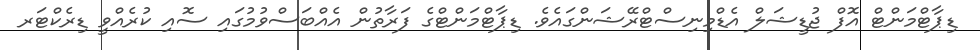
ޑިޕާޓްމަންޓް އޮފް ޖުޑީޝަލް އެޑްމިނިސްޓްރޭޝަންގައެވެ. ޑިޕާޓްމަންޓްގެ ފަރާތުން އެއްބަސްވުމުގައި ސޮއި ކުރެއްވީ ޑިރެކްޓަރ